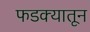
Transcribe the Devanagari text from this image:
फडक्यातून